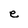
Character: e